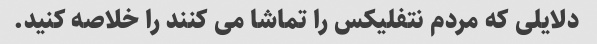
دلایلی که مردم نتفلیکس را تماشا می کنند را خلاصه کنید.